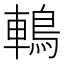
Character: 鿂